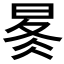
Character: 𰖋